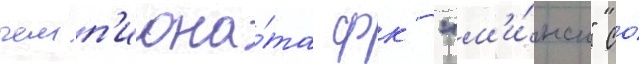
чемп'иона́та фк "м'и́нск" со́